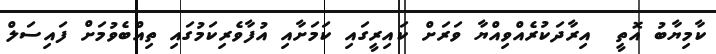
ކާމިޔާބު އޮތީ  އިރާދަކުރެއްވިއްޔާ ވަރަށް ކައިރީގައި ކަމަށާއި އުފާވެރިކަމުގައި ތިއްބެވުމަށް ފައިސަލް